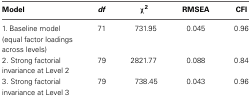
| Model | df | χ2 | RMSEA | CFI |
 | --- | --- | --- | --- | --- |
 | 1. Baseline model (equal factor loadings across levels) | 71 | 731.95 | 0.045 | 0.96 |
 | 2. Strong factorial invariance at Level 2 | 79 | 2821.77 | 0.088 | 0.84 |
 | 3. Strong factorial invariance at Level 3 | 79 | 738.45 | 0.043 | 0.96 |